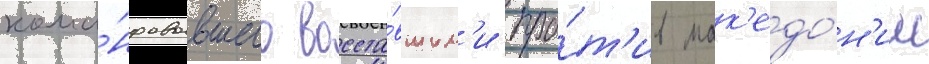
кома́ндовавшего восста́вшим'и про́т'ив мак'едо́н'ии